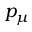
p _ { \mu }